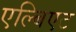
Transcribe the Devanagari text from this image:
एल्बिएट